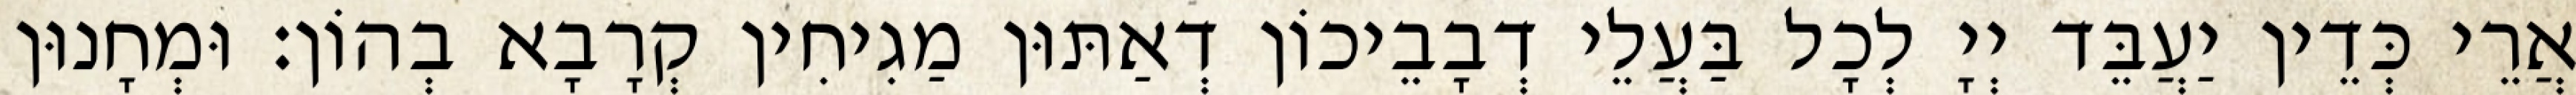
אֲרֵי כְּדֵין יַעֲבֵּד יְיָ לְכָל בַּעֲלֵי דְבָבֵיכוֹן דְאַתּוּן מַגִיחִין קְרָבָא בְהוֹן׃ וּמְחָנוּן